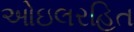
ઓઇલરહિત